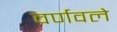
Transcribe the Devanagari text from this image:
वर्णवले